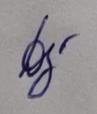
Signature authenticity: genuine